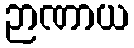
ဉာဏာယ